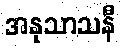
အနုသာသနီ